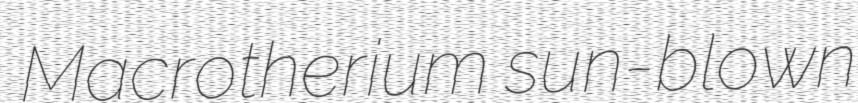
Macrotherium sun-blown